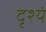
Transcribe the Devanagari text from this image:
दृश्यं